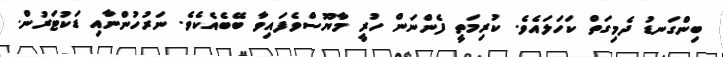
ބިންގަނޑު ދެމިގަތް ކަހަލައެވެ. ކުރިމަތީ ފެންނަން ހުރީ މާޔޫސްވެފައިވާ ބޭބެއެކެވެ. ނަރުހުންނާއި ޑަކުޓަރުން.